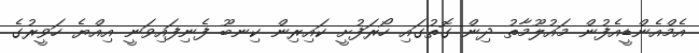
އެމްއެންޑީއެފުން މައުލޫމާތު ދިން ގޮތުގައި ހޯރަފުށީ ކައިރިން ކިނބޫ ފެނިފައިވަނީ އިއްޔެ ހަވީރުގެ